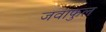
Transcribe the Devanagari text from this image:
जवाफुल